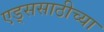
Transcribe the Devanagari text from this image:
एड्ससाठीच्या